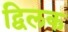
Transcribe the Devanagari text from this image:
द्विलक